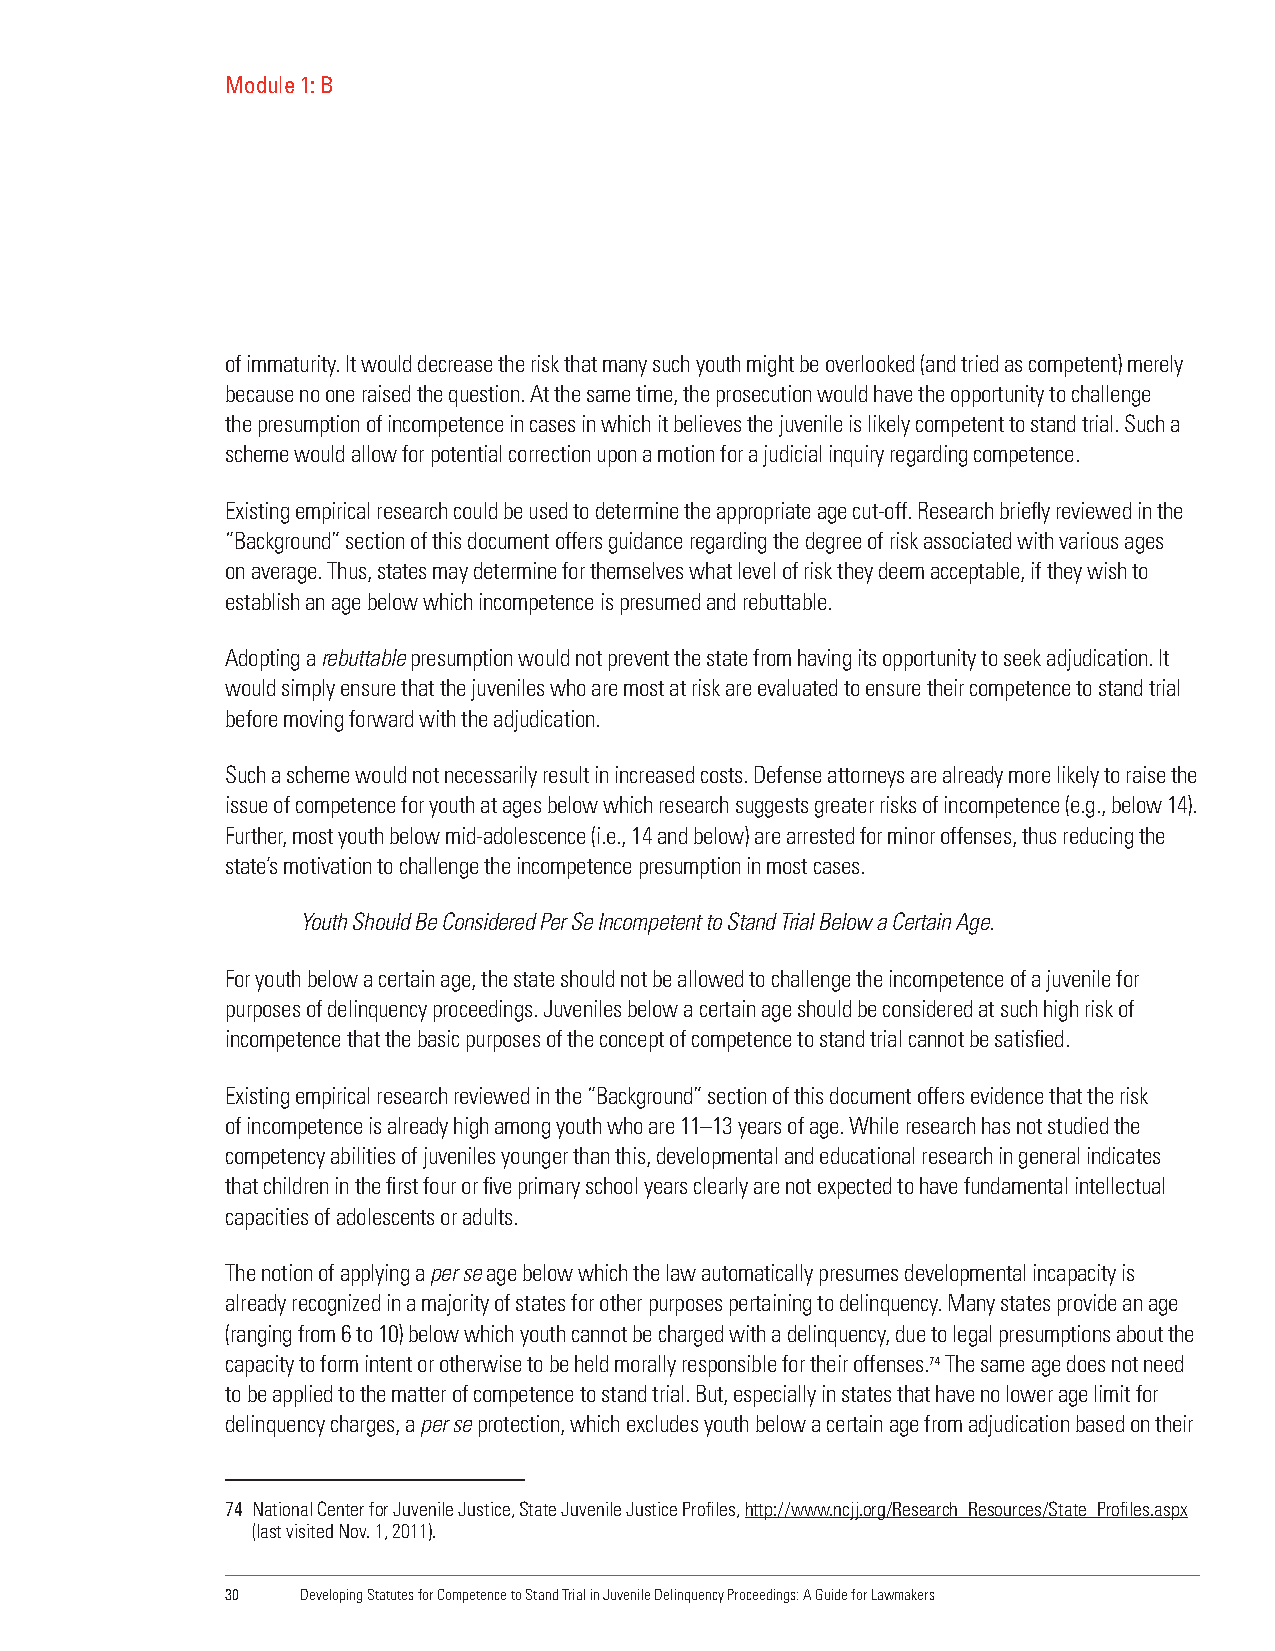
Module 1: B
 of immaturity. It would decrease the risk that many such youth might be overlooked (and tried as competent) merely
 because no one raised the question. At the same time, the prosecution would have the opportunity to challenge
 the presumption of incompetence in cases in which it believes the juvenile is likely competent to stand trial. Such a
 scheme would allow for potential correction upon a motion for a judicial inquiry regarding competence.
 Existing empirical research could be used to determine the appropriate age cut-off. Research briefly reviewed in the
 “Background” section of this document offers guidance regarding the degree of risk associated with various ages
 on average. Thus, states may determine for themselves what level of risk they deem acceptable, if they wish to
 establish an age below which incompetence is presumed and rebuttable.
 Adopting a rebuttable presumption would not prevent the state from having its opportunity to seek adjudication. It
 would simply ensure that the juveniles who are most at risk are evaluated to ensure their competence to stand trial
 before moving forward with the adjudication.
 Such a scheme would not necessarily result in increased costs. Defense attorneys are already more likely to raise the
 issue of competence for youth at ages below which research suggests greater risks of incompetence (e.g., below 14).
 Further, most youth below mid-adolescence (i.e., 14 and below) are arrested for minor offenses, thus reducing the
 state’s motivation to challenge the incompetence presumption in most cases.
 Youth Should Be Considered Per Se Incompetent to Stand Trial Below a Certain Age.
 For youth below a certain age, the state should not be allowed to challenge the incompetence of a juvenile for
 purposes of delinquency proceedings. Juveniles below a certain age should be considered at such high risk of
 incompetence that the basic purposes of the concept of competence to stand trial cannot be satisfied.
 Existing empirical research reviewed in the “Background” section of this document offers evidence that the risk
 of incompetence is already high among youth who are 11–13 years of age. While research has not studied the
 competency abilities of juveniles younger than this, developmental and educational research in general indicates
 that children in the first four or five primary school years clearly are not expected to have fundamental intellectual
 capacities of adolescents or adults.
 The notion of applying a per se age below which the law automatically presumes developmental incapacity is
 already recognized in a majority of states for other purposes pertaining to delinquency. Many states provide an age
 (ranging from 6 to 10) below which youth cannot be charged with a delinquency, due to legal presumptions about the
 capacity to form intent or otherwise to be held morally responsible for their offenses.74 The same age does not need
 to be applied to the matter of competence to stand trial. But, especially in states that have no lower age limit for
 delinquency charges, a per se protection, which excludes youth below a certain age from adjudication based on their
 74 National Center for Juvenile Justice, State Juvenile Justice Profiles, http://www.ncjj.org/Research_Resources/State_Profiles.aspx
 (last visited Nov. 1, 2011).
 30   Developing Statutes for Competence to Stand Trial in Juvenile Delinquency Proceedings: A Guide for Lawmakers